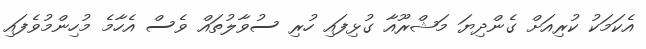
އެކަމަކު ކުރިއަށް ގެންދިޔަ މަޝްރޫއާ ގުޅިފައި ހުރި ސުވާލުތައް ވެސް އެހާމެ މުހިންމުވެފައި